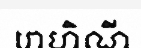
រោហិណី